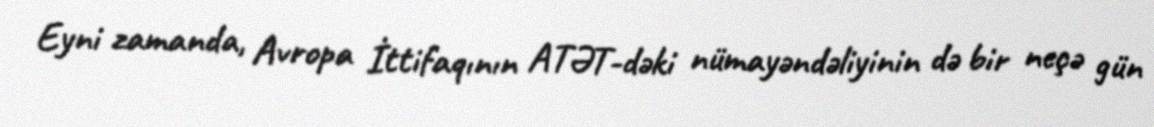
Eyni zamanda, Avropa İttifaqının ATƏT-dəki nümayəndəliyinin də bir neçə gün